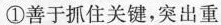
①善于抓住关键，突出重